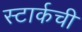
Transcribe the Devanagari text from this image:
स्टार्कची